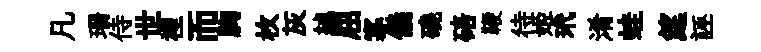
凡珊侍世裡而胸枚灰綽屈寡儀磽碚鞭待姬玳淆蛙筵誣